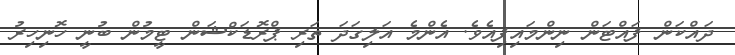
ދައްކަން ފައްޓަން ނިންމައިފިއެވެ. އެންމެ އަލިގަދަ ތަރި ޕްރޮޑަކްޝަން ޓީމުން ބުނީ ހޮނިހިރު